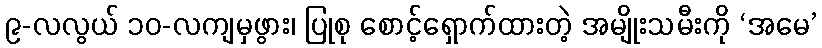
၉-လလွယ် ၁၀-လကျမှဖွား၊ ပြုစု စောင့်ရှောက်ထားတဲ့ အမျိုးသမီးကို ‘အမေ’